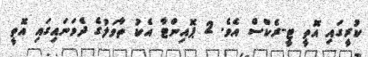
ކުރީގައި އޮތީ ޓީ-ރެކްސް އެވެ. 2 ޕޮއިންޓާ އެކު ތާވަލުގެ ދެވަނައިގައި އޮތީ